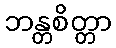
ဘန္တစိတ္တာ